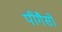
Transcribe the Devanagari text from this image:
पीगैसो